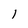
Character: 1